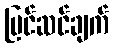
ပြင်ဆင်ချက်